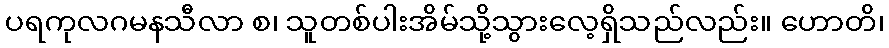
ပရကုလဂမနသီလာ စ၊ သူတစ်ပါးအိမ်သို့သွားလေ့ရှိသည်လည်း။ ဟောတိ၊